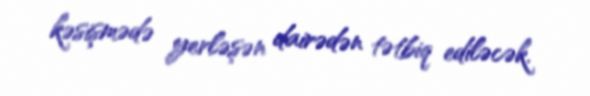
kəsişmədə yerləşən dairədən tətbiq ediləcək.